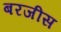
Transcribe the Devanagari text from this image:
बरजीस